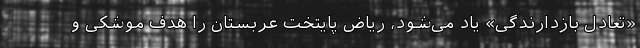
«تعادل بازدارندگی» یاد می‌شود، ریاض پایتخت عربستان را هدف موشکی و